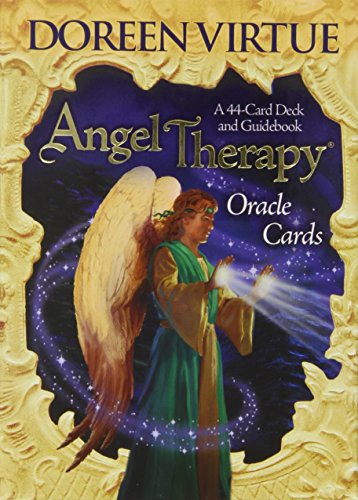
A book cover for Angel Therapy Oracle Cards: A 44-Card Deck and Guidebook; Doreen Virtue; Religion & Spirituality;